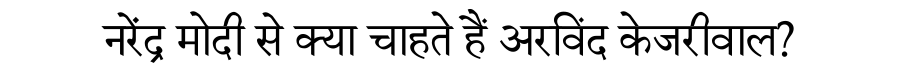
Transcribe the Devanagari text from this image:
नरेंद्र मोदी से क्या चाहते हैं अरविंद केजरीवाल?